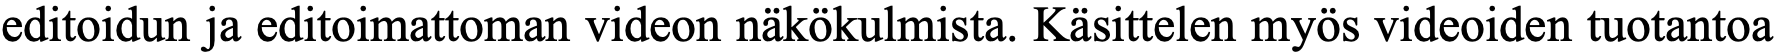
editoidun ja editoimattoman videon näkökulmista. Käsittelen myös videoiden tuotantoa